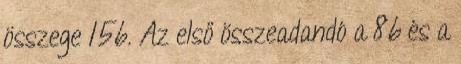
összege 156. Az első összeadandó a 86 és a